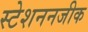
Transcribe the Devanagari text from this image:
स्टेशननजीक